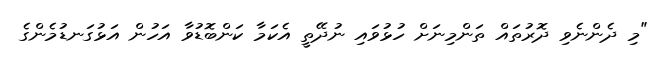
"މި ދެންނެވި ދޮރުތައް ތަންމިނަށް ހުޅުވައި ނުދޭތީ އެކަމާ ކަންބޮޑުވާ އަހުން އަޅުގަނޑުމެންގެ